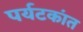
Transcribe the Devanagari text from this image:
पर्यटकांत